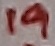
Text: 19